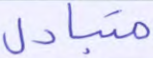
متبادل